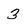
Character: 3